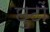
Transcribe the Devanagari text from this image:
छुटों